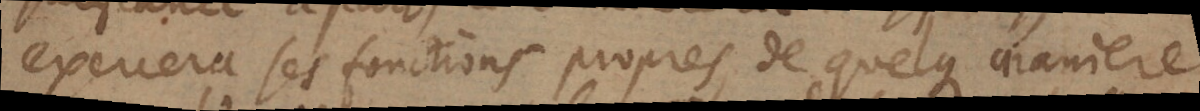
exercera ses fonctions propres, de quelque maniere